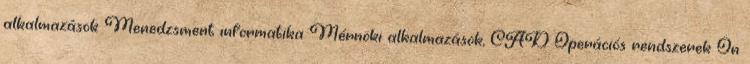
alkalmazások Menedzsment informatika Mérnöki alkalmazások, CAD Operációs rendszerek Ön